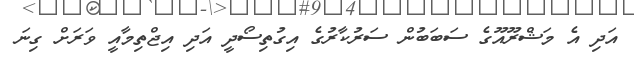
އަދި އެ މަޝްރޫއޫގެ ސަބަބުން ސަރުކާރުގެ އިގުތިސޯދީ އަދި އިޖްތިމާއީ ވަރަށް ގިނަ